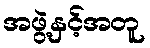
အဖွဲ့နှင့်အတူ